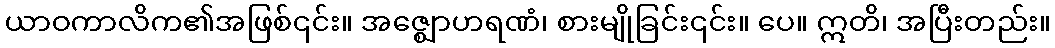
ယာဝကာလိက၏အဖြစ်၎င်း။ အဇ္ဈောဟရဏံ၊ စားမျိုခြင်း၎င်း။ ပေ။ ဣတိ၊ အပြီးတည်း။